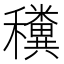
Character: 䆏